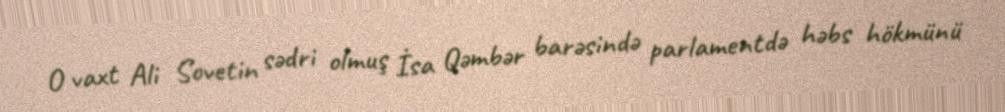
O vaxt Ali Sovetin sədri olmuş İsa Qəmbər barəsində parlamentdə həbs hökmünü